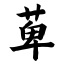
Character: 萆